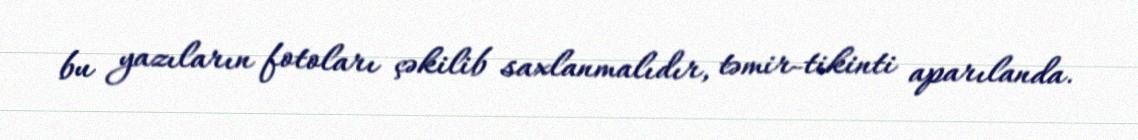
bu yazıların fotoları çəkilib saxlanmalıdır, təmir-tikinti aparılanda.